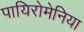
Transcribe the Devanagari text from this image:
पायिरोमेनिया